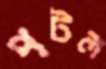
পটল